Civil Veterinary Dept. Assam report 1927-50 - 1927-1950
Year: 1927
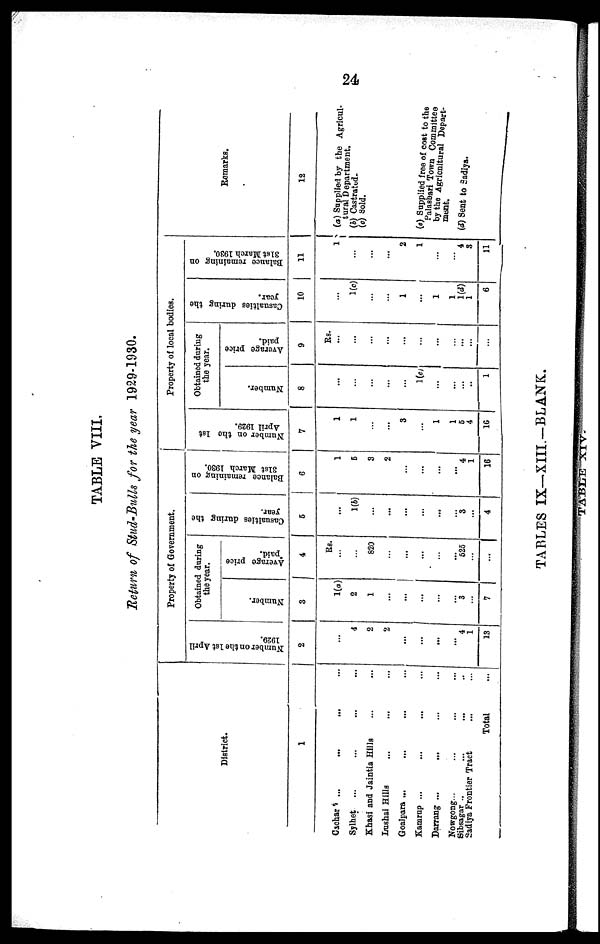
24
TABLE VIII.
Return
of Stud-Bulls
for the year
1929-1930.
District.
1
Cachar ... ... ... ...
Sylhet ... ... ... ...
Khasi and Jaintia Hills ... ...
Lushai Hills ... ... ...
Goalpara ... ... ... ...
Kamrup ... ... ... ...
Darrang ...
... ... ...
Nowgong... ... ... ...
Sibsagar .. ... ... ...
Sadiya Frontier Tract ... ...
Total ...
Property of Government.
Number on the 1st April
1929.
2
...
4
2
2
...
...
...
...
...
4
1
13
Obtained daring
the year.
Number.
3
1(a)
2
1
...
...
...
...
...
...
3
...
7
Average price
paid.
4
Rs.
...
...
820
...
...
...
...
...
...
625
...
...
Casualties daring the
year.
5
...
1(b)
...
...
...
...
... ...
...
3
...
4
Balance remaining on
3l6t March 1930.
6
1
5
3
2
...
...
...
...
...
4
1
16
Property of local bodies.
Number on the 1st
April 1829.
7
1
1
...
...
3
...
1
1
6
4
16
Obtained during
the year.
Number.
8
...
...
...
...
...
1(e)
...
...
...
...
1
Average price
paid.
9
Rs.
...
...
...
...
...
...
...
...
...
...
...
Casualties during the
year.
10
...
1(c)
...
...
1
...
1
1
1(d)
1
6
Balance remaining on
31st March 1930.
11
1
...
...
...
2
1
...
...
4
3
11
Remarks.
12
(a) Supplied by the Agricul-
tural Department.
(b) Castrated.
(c) Sold.
(e) Supplied free of cost to the
Palasbari Town Committee
by the Agricultural Depart-
ment.
(d) Sent to Sadiya.
TABLES IX—XIII.-BLANK.
TABLE XIV